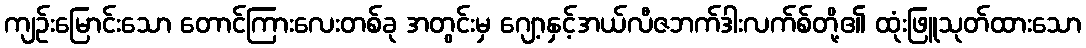
ကျဉ်းမြောင်းသော တောင်ကြားလေးတစ်ခု အတွင်းမှ ဂျော့နှင့်အယ်လီဇဘက်ဒါးလက်စ်တို့၏ ထုံးဖြူသုတ်ထားသော